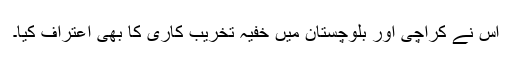
اس نے کراچی اور بلوچستان میں خفیہ تخریب کاری کا بھی اعتراف کیا۔